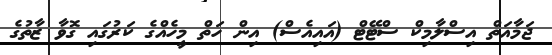
ޖަމާއަތް އިސްލާމިކް ސްޓޭޓް (އައިއެސް) އިން ހަތް މީހެއްގެ ކަރުގައި ގޮވާ ޒާތުގެ